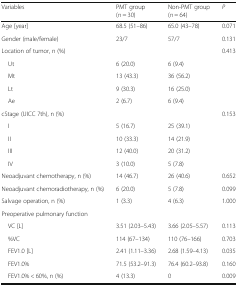
<table><thead><tr><td><b>Variables</b></td><td><b>PMT group (<i>n</i> = 30)</b></td><td><b>Non-PMT group (<i>n</i> = 64)</b></td><td><b><i>P</i></b></td></tr></thead><tbody><tr><td>Age [year]</td><td>68.5 (51–86)</td><td>65.0 (43–78)</td><td>0.071</td></tr><tr><td>Gender (male/female)</td><td>23/7</td><td>57/7</td><td>0.131</td></tr><tr><td>Location of tumor, n (%)</td><td></td><td></td><td>0.413</td></tr><tr><td> Ut</td><td>6 (20.0)</td><td>6 (9.4)</td><td></td></tr><tr><td> Mt</td><td>13 (43.3)</td><td>36 (56.2)</td><td></td></tr><tr><td> Lt</td><td>9 (30.3)</td><td>16 (25.0)</td><td></td></tr><tr><td> Ae</td><td>2 (6.7)</td><td>6 (9.4)</td><td></td></tr><tr><td>cStage (UICC 7th), n (%)</td><td></td><td></td><td>0.153</td></tr><tr><td> I</td><td>5 (16.7)</td><td>25 (39.1)</td><td></td></tr><tr><td> II</td><td>10 (33.3)</td><td>14 (21.9)</td><td></td></tr><tr><td> III</td><td>12 (40.0)</td><td>20 (31.2)</td><td></td></tr><tr><td> IV</td><td>3 (10.0)</td><td>5 (7.8)</td><td></td></tr><tr><td>Neoadjuvant chemotherapy, n (%)</td><td>14 (46.7)</td><td>26 (40.6)</td><td>0.652</td></tr><tr><td>Neoadjuvant chemoradiotherapy, n (%)</td><td>6 (20.0)</td><td>5 (7.8)</td><td>0.099</td></tr><tr><td>Salvage operation, n (%)</td><td>1 (3.3)</td><td>4 (6.3)</td><td>1.000</td></tr><tr><td colspan="4">Preoperative pulmonary function</td></tr><tr><td> VC [L]</td><td>3.51 (2.03–5.43)</td><td>3.66 (2.05–5.57)</td><td>0.113</td></tr><tr><td> %VC</td><td>114 (67–134)</td><td>110 (76–166)</td><td>0.703</td></tr><tr><td> FEV1.0 [L]</td><td>2.41 (1.11–3.36)</td><td>2.68 (1.59–4.13)</td><td>0.035</td></tr><tr><td> FEV1.0%</td><td>71.5 (53.2–91.3)</td><td>76.4 (60.2–93.8)</td><td>0.160</td></tr><tr><td> FEV1.0% &lt; 60%, n (%)</td><td>4 (13.3)</td><td>0</td><td>0.009</td></tr></tbody></table>